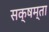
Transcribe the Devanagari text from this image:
सक्षम्ता